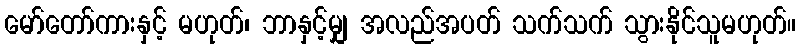
မော်တော်ကားနှင့် မဟုတ်၊ ဘာနှင့်မျှ အလည်အပတ် သက်သက် သွားနိုင်သူမဟုတ်။